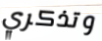
وتذكري